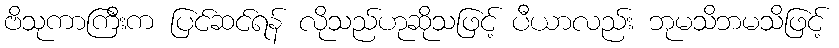
ဗိသုကာကြီးက ပြင်ဆင်ရန် လိုသည်ဟုဆိုသဖြင့် ပီယာလည်း ဘုမသိဘမသိဖြင့်